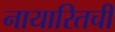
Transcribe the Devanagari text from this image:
नायारितची